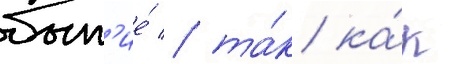
быт'ие́ / та́к ка́к